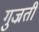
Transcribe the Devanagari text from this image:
गुज्रती